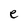
Character: e